Burma Government Medical School reports 1923-41
Year: 1923
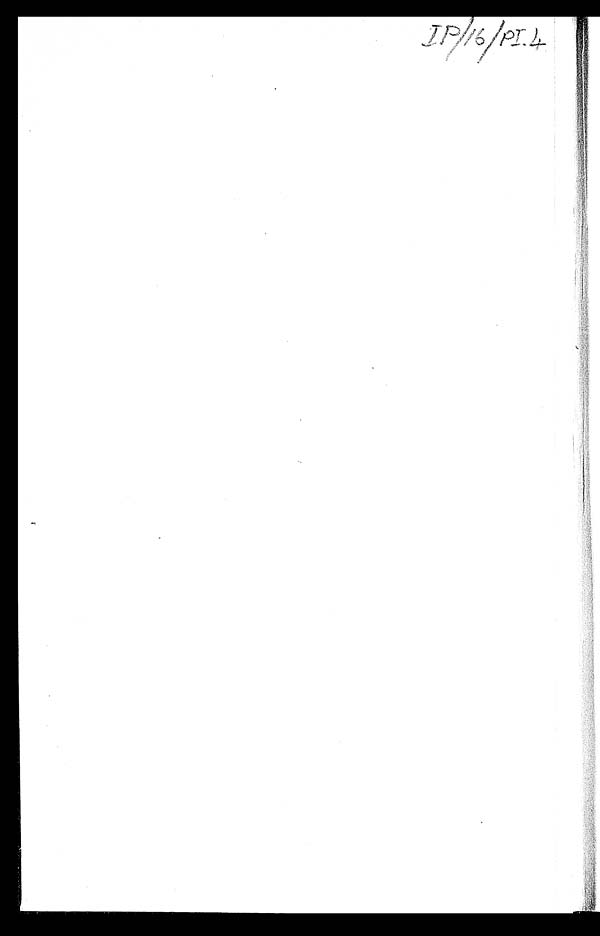
I P / 1 6 / P I . 4